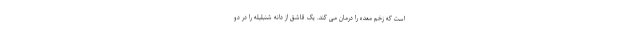
است که زخم معده را درمان می کند. یک قاشق از دانه شنبلیله را در دو